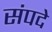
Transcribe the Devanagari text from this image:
संपदे